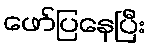
ဖော်ပြနေပြီး